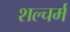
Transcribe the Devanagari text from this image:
शल्चर्म